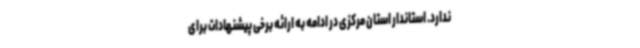
ندارد. استاندار استان مرکزی در ادامه به ارائه برخی پیشنهادات برای